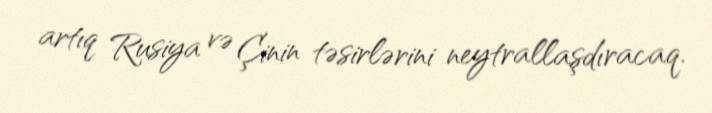
artıq Rusiya və Çinin təsirlərini neytrallaşdıracaq.